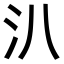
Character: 汃